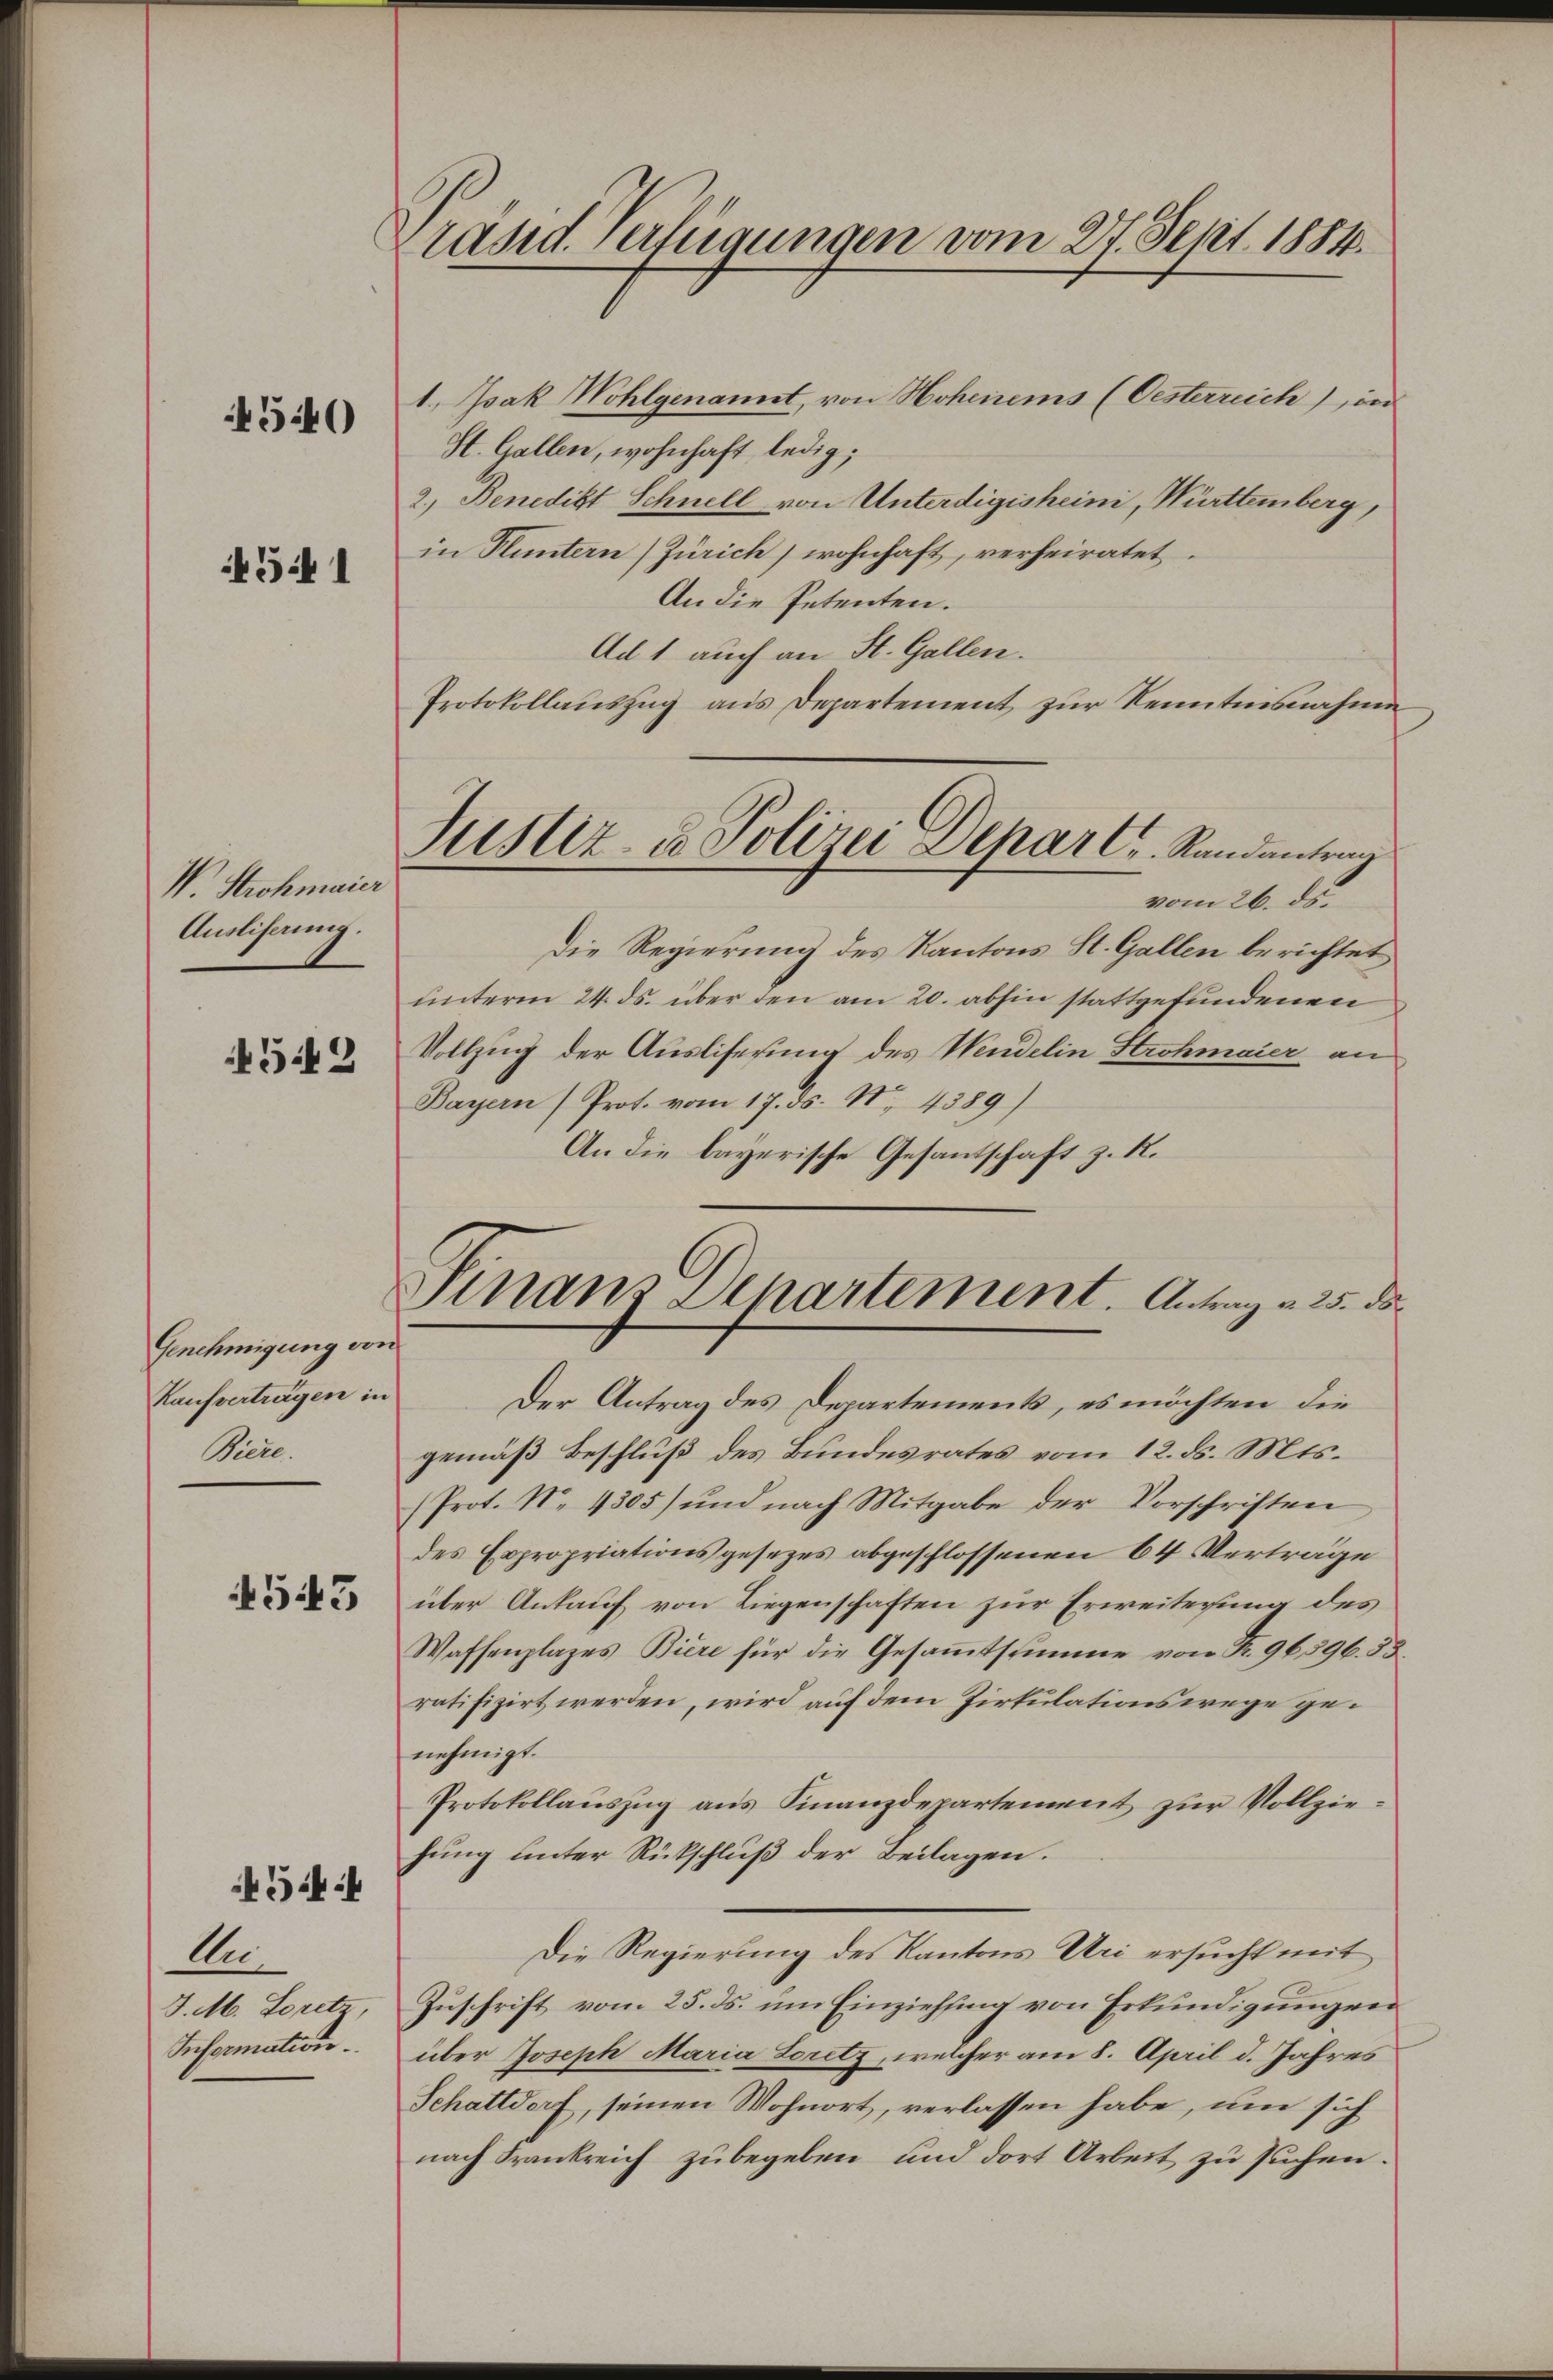
4540

4541

W. Strohmaier
Ausliserung.

452

Genehmigung von
Kaufvertragen in
Biere

4543

An
J. M. Loret
Information

34

Präsid. Verfügungen vom 27. Sept. 1884.

Justiz- u Polizei Departs Randantrag
vom 26. ds.

Finanz Departement. Antrag u. 25. ds.

1., Isak Wohlgenannt, von Hohenems (Oesterreich) in
St. Gallen, wohnhaft ledig;
2.) Benedikt Schnell von Unterdigisheini, Württemberg,
in Huntern (Zürich, wohnhaft, verheiratet.
An die Petenten.
Ad 1 auch an St. Gallen.
Protokollauszug aus Departement zur Kenntnisnahme
Die Regierung des Kantons St. Gallen berichtet
unterm 24. ds. über den am 20. abhin stattgefundenen
Vollzug der Ausliserung des Wendelin Strohmaier an
Bayern (Prot. vom 17. ds. No. 4389)
An die bayerische Gesantschaft z. R.
Der Antrag des Departement, es möchten die
gemäß Beschluß des Bundesrates vom 12. ds. Mts.
Prot. N. 1305) und nach Mitgabe der Vorschriften
des Expropriationsgesezes abgeschlossenen 64 Verträge
über Ankauf von Liegenschaften zur Erweiterung des
Waffenplazes Biere für die Gesammtstimme von Fr. 96596. 53
ratifizirt werden, wird auf dem Zirkulationswege genehmigt.
Protokollauszug aus Finanzdepartement zur Vollziehung unter Rückschluß der Beilagen.
Die Regierung des Kantons Uri ersucht mit
Zuschrift vom 25. ds. um Einziehung von Erkundigungen
über Joseph Maria Loretz, welcher am 8. April d. Jahres
Schattdorf, seinen Wohnort, verlassen habe, um sich
nach Frankreich zubegeben und dort Arbeit zu suchen.